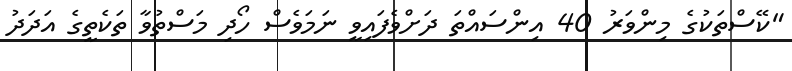
"ކޭސްތަކުގެ މިންވަރު 40 އިންސައްތަ ދަށްވެފައިވީ ނަމަވެސް ހޯދި މަސްތުވާ ތަކެތީގެ އަދަދު